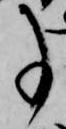
事